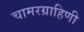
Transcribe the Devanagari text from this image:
चामरग्राहिणी